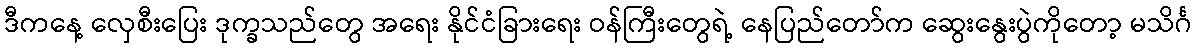
ဒီကနေ့ လှေစီးပြေး ဒုက္ခသည်တွေ အရေး နိုင်ငံခြားရေး ဝန်ကြီးတွေရဲ့ နေပြည်တော်က ဆွေးနွေးပွဲကိုတော့ မသိင်္ဂ